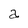
Character: a